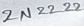
Text: 2N2222